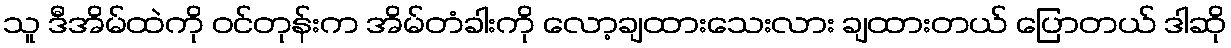
သူ ဒီအိမ်ထဲကို ဝင်တုန်းက အိမ်တံခါးကို လော့ချထားသေးလား ချထားတယ် ပြောတယ် ဒါဆို